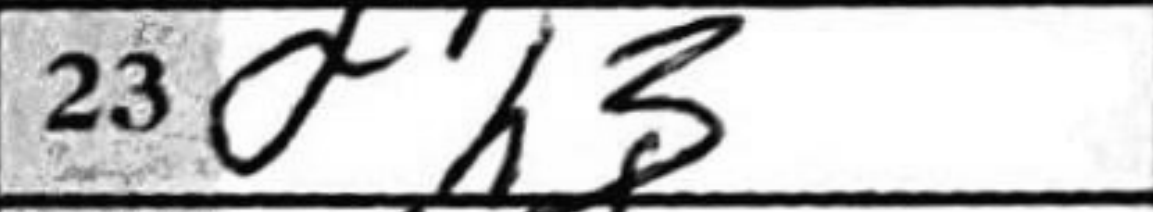
Transcription: fh3